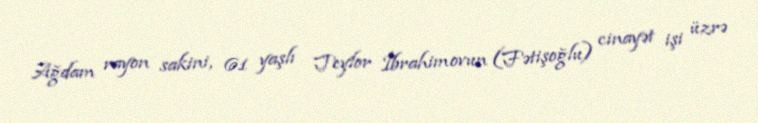
Ağdam rayon sakini, 61 yaşlı Teylor İbrahimovun (Fətişoğlu) cinayət işi üzrə